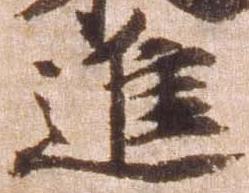
進